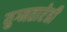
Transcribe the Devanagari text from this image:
युग्मतारेही